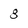
Character: 8